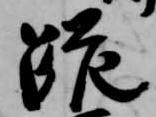
跪